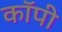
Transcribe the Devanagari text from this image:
काॅपी